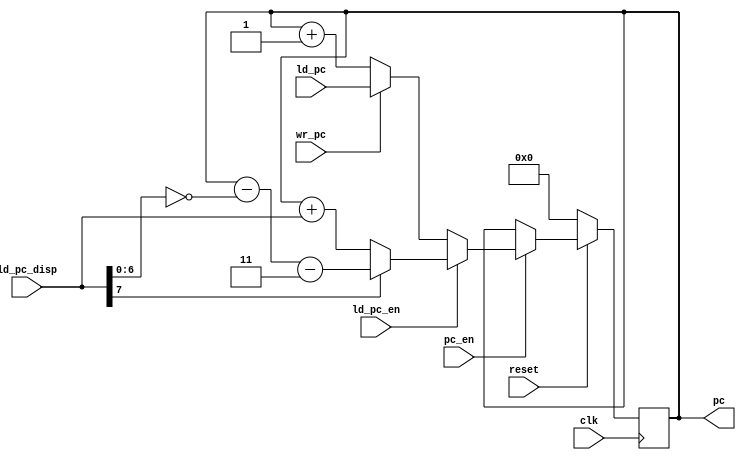
module pc(input clk,
    input reset,
    input pc_en,
	 input [15:0] ld_pc,
	 input [7:0] ld_pc_disp,
	 input ld_pc_en,
	 input wr_pc,
    output reg [15:0] pc);

always@(posedge clk)begin
        if(reset == 0)
            begin
				pc <= 0;
            end
        else begin 
				if(pc_en)begin
					if(ld_pc_en)begin
						if (ld_pc_disp[7] == 0)
							pc <= pc + {8'b00000000,ld_pc_disp};
						else 
							pc <= pc - {9'b000000000,(~ld_pc_disp[6:0])} - 16'b0000000000000011;
					end else if (wr_pc) begin
						pc <= ld_pc;
					end else begin
						pc <= pc + 16'b0000_0000_0000_0001;
					end
				end 
			end
end 
endmodule